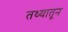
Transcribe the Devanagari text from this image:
तथ्यातून